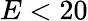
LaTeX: E<20